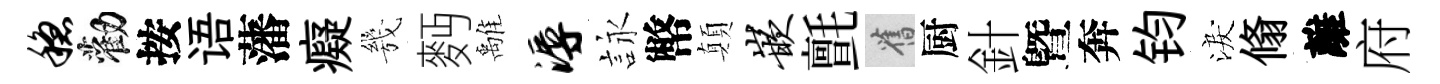
稳勸按语藩癡㡬麪𩀌溽詠幣顛嵌氈舊厨針曁奔钧淚翛離府